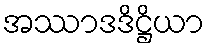
အဿာဒဒိဋ္ဌိယာ